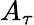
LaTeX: A_{\tau}